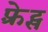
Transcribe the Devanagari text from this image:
फ़्रेट्स